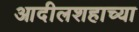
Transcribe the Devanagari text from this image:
आदीलशहाच्या